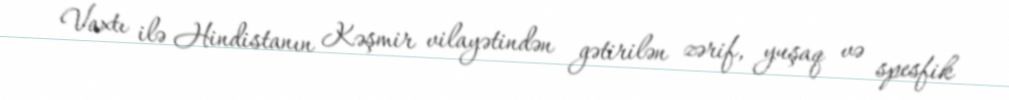
Vaxtı ilə Hindistanın Kəşmir vilayətindən gətirilən zərif, yuşaq və spesfik